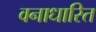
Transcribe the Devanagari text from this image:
वनाधारित